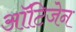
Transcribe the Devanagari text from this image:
ऑटिजेन